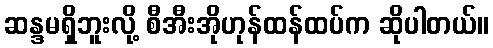
ဆန္ဒမရှိဘူးလို့ စီအီးအိုဟုန်ထန်ထပ်က ဆိုပါတယ်။